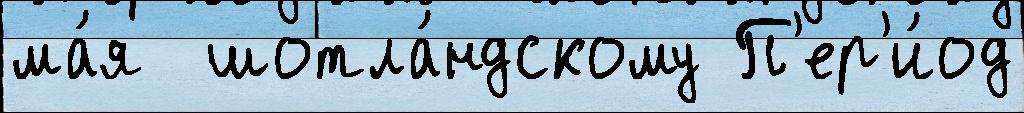
ма́я  шотла́ндскому П'ер'и́од